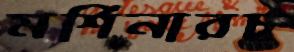
মর্শিনারচ